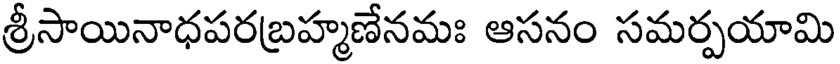
శ్రీసాయినాధపరబ్రహ్మణేనమః ఆసనం సమర్పయామి